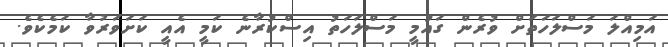
އަމިއްލަ މަސްލަހަތަށް ވުރެން ގަައުމީ މަސްލަހަތު އިސްކުރާނެ ކަމީ އެއީ ކަށަވަރުވާ ކަމެކެވެ.